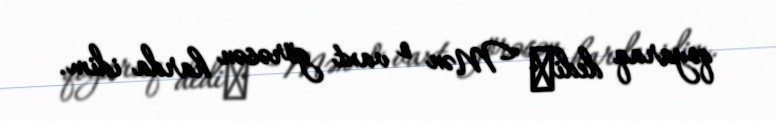
qoyaraq dediː "Mən o vaxt görəsən harda idim.